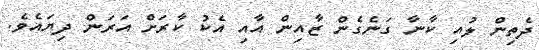
ދެތިން ލުއި ކާނާ ގަނެގެން ޒާއިން އާއި އެކު ކާރަށް އަރަން ދިޔައެވެ.